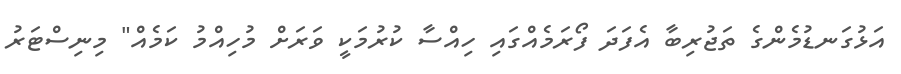
އަޅުގަނޑުމެންގެ ތަޖުރިބާ އެފަދަ ފޯރަމެއްގައި ހިއްސާ ކުރުމަކީ ވަރަށް މުހިއްމު ކަމެއް" މިނިސްޓަރު